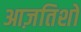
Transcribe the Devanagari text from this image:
आज़तिशों